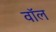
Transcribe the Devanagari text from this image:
वाॅल